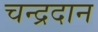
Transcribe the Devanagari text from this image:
चन्द्रदान